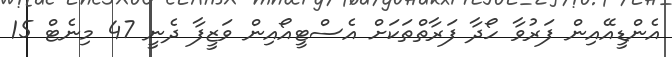
އެންޑީއޭއިން ފަރުވާ ހޯދާ ފަރާތްތަކަށް އެސްޓީއޯއިން ވަޒީފާ ދެނީ 47 މިނެޓް 15